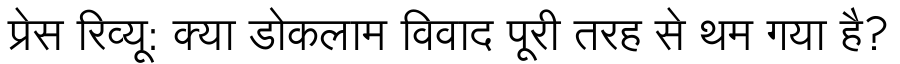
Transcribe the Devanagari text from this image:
प्रेस रिव्यू: क्या डोकलाम विवाद पूरी तरह से थम गया है?